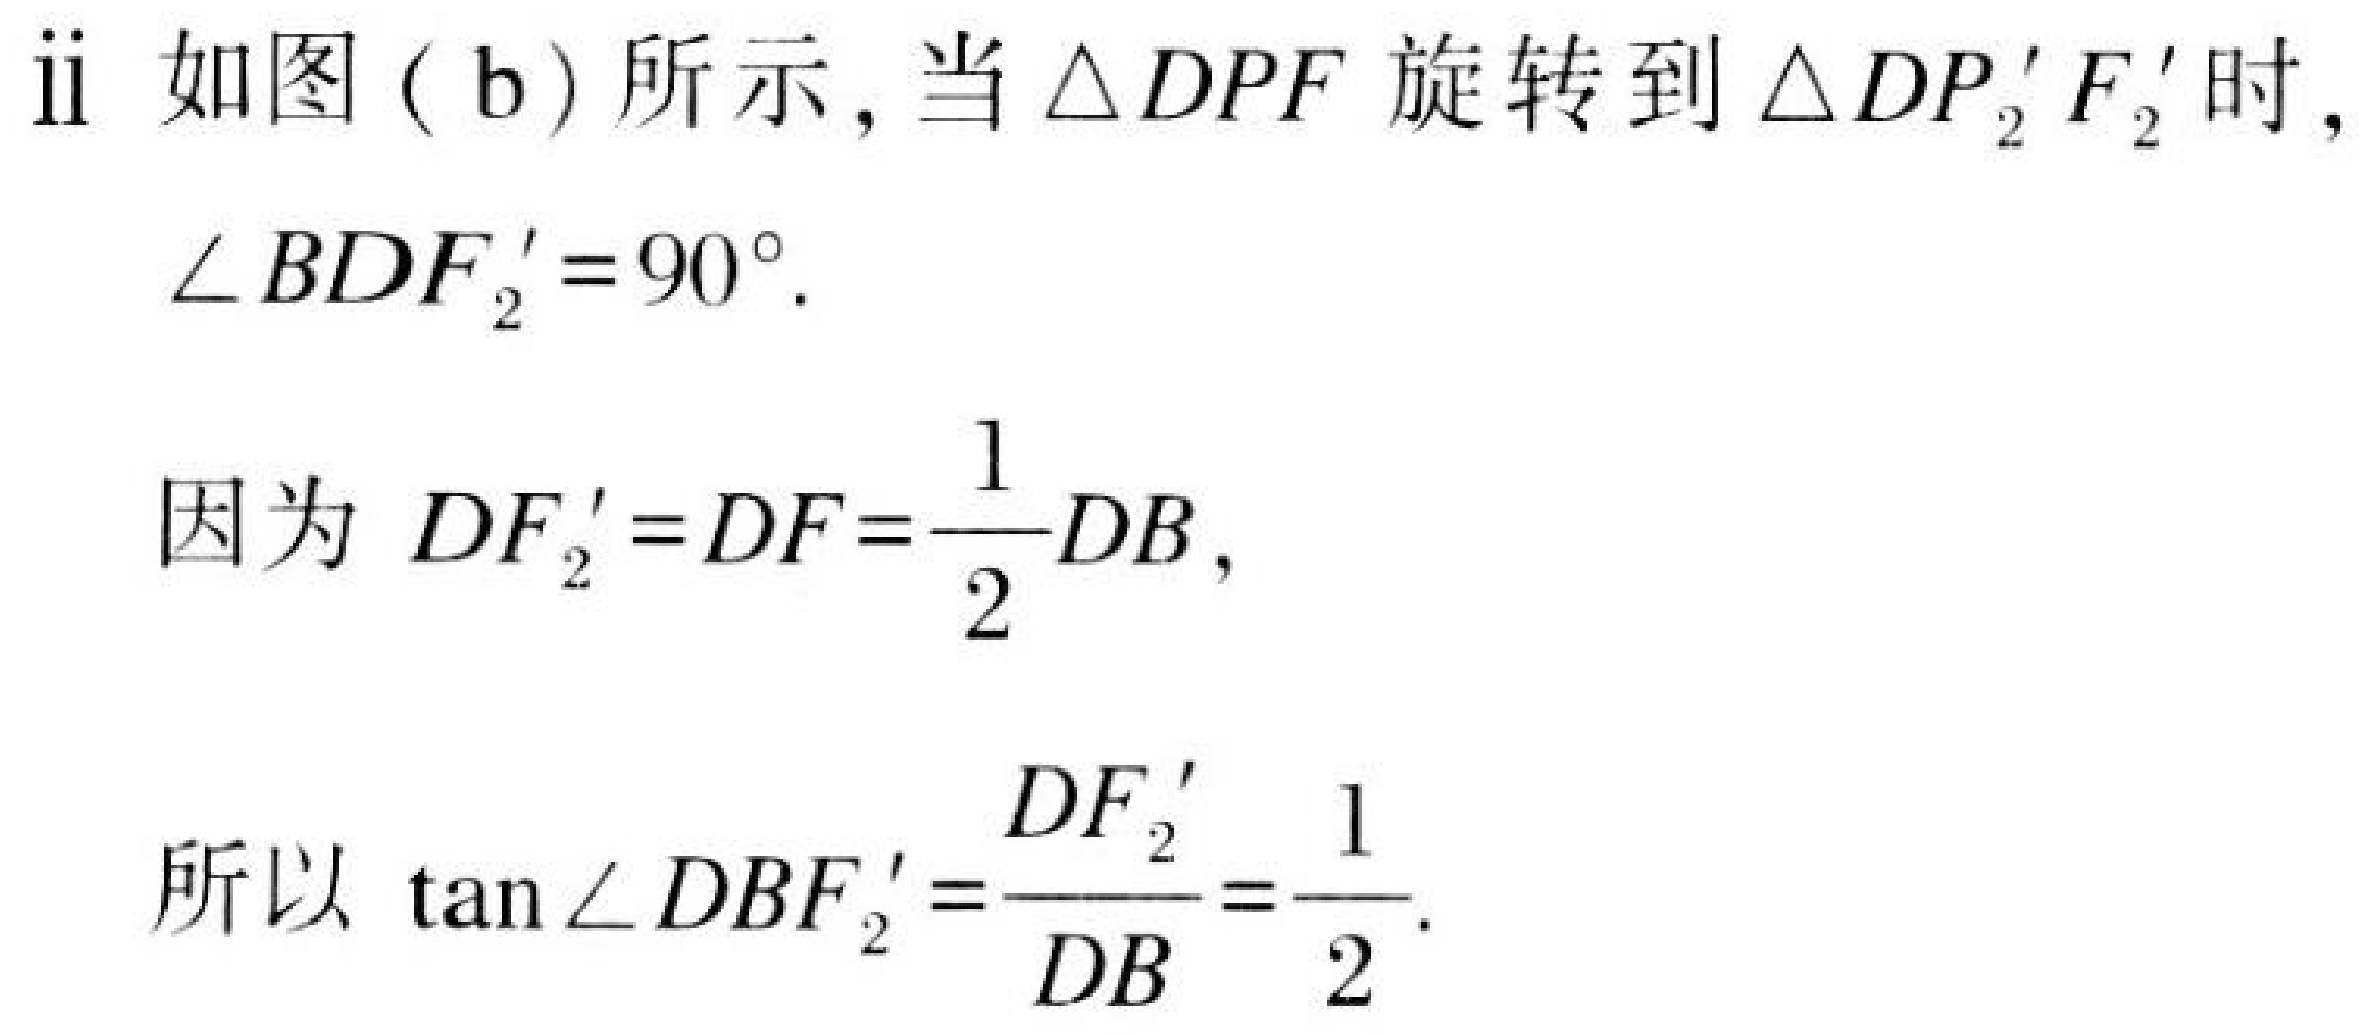
ii 如图 ( b ) 所示, 当\(\triangle DPF\)旋转到\(\triangle DP_{2}'F_{2}'\)时,
\(\angle BDF_{2}' = 90^{\circ}\).

因为 \(DF_{2}' = DF=\dfrac{1}{2}DB\),

所以 \(\tan\angle DBF_{2}'=\dfrac{DF_{2}'}{DB}=\dfrac{1}{2}\).